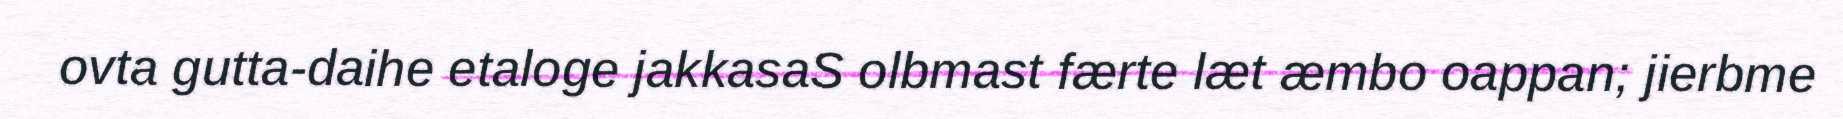
ovta gutta-daihe etaloge jakkasaS olbmast færte læt æmbo oappan; jierbme